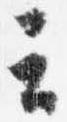
云